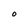
Character: 0